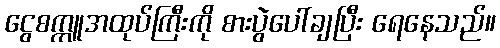
ငွေစက္ကူအထုပ်ကြီးကို စားပွဲပေါ်ချပြီး ရေနေသည်။